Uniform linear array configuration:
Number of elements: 8
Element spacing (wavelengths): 0.75
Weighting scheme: blackman
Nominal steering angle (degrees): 0
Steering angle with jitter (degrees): -0.3218
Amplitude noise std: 0.05
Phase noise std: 0.05

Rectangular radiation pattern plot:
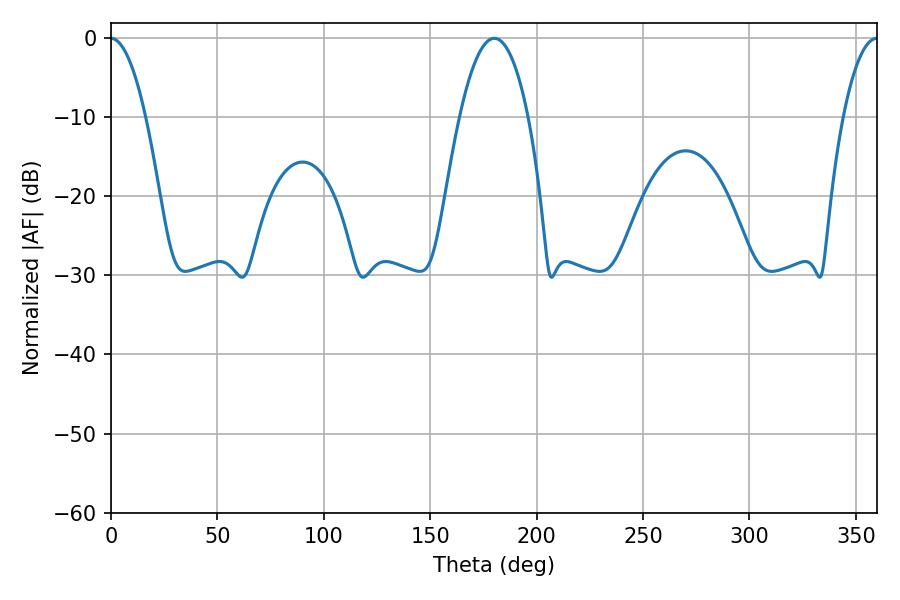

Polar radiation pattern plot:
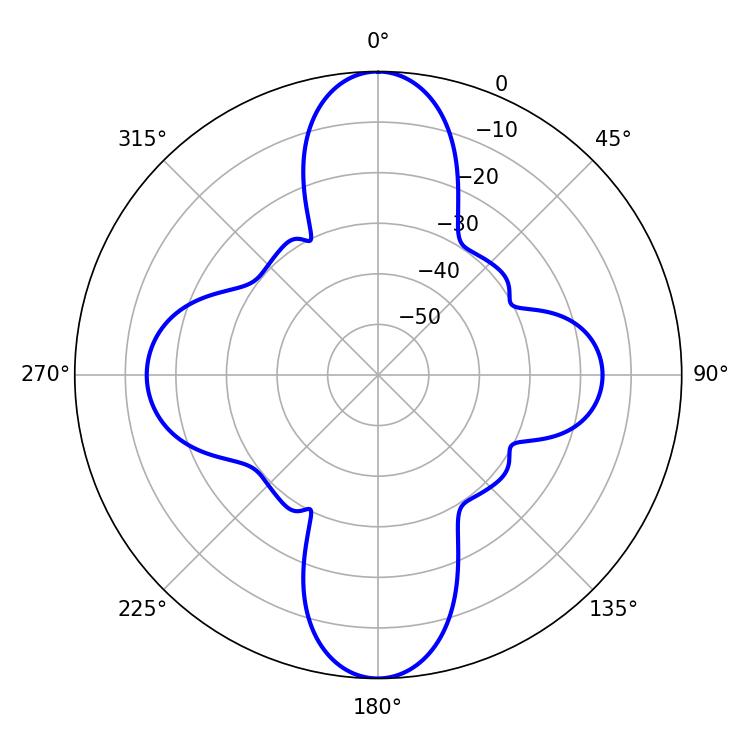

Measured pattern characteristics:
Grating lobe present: TRUE
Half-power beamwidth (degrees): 17.82
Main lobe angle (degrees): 180.18